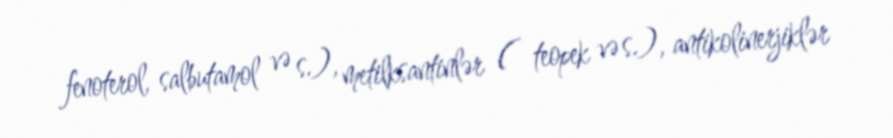
fenoterol, salbutamol və s.), metilksantinlər ( teopek və s.), antikolinerjiklər